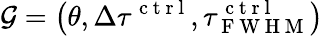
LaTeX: \mathcal{G}=\left(\theta,\Delta\tau^{\mathrm{~c~t~r~l~}},\tau_{\mathrm{~F~W~H~M~}}^{\mathrm{~c~t~r~l~}}\right)